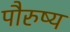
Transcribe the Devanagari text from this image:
पौरुष्य